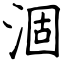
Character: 涸